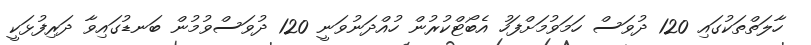
ހާލަތްތަކުގައި 120 ދުވަސް ހަމަވުމަށްފަހު އެބޯޓްކުރުން ހުއްދަނުވަނީ 120 ދުވަސްވުމުން ބަނޑުގައިވާ ދަރިފުޅަކީ